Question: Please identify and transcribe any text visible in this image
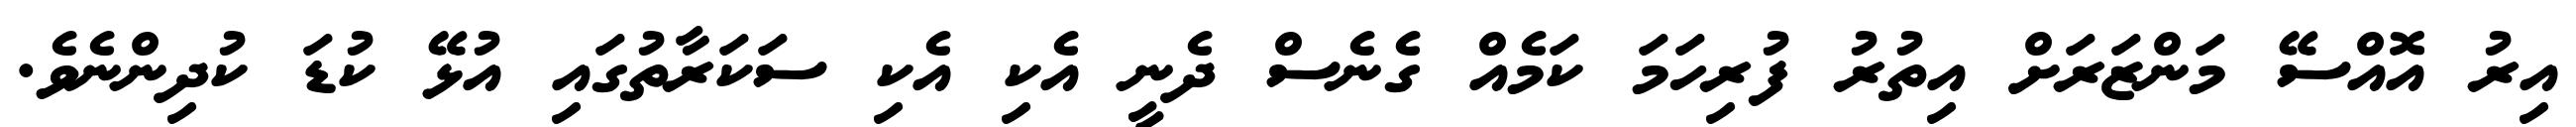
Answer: އިރު އޮއްސޭ މަންޒަރަށް އިތުރު ފުރިހަމަ ކަމެއް ގެނެސް ދެނީ އެކި އެކި ސަކަރާތުގައި އުޅޭ ކުޑަ ކުދިންނެވެ.